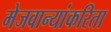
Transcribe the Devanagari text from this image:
मेजवान्यांकरिता